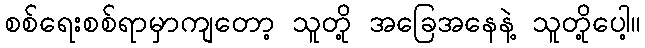
စစ်ရေးစစ်ရာမှာကျတော့ သူတို့ အခြေအနေနဲ့ သူတို့ပေါ့။